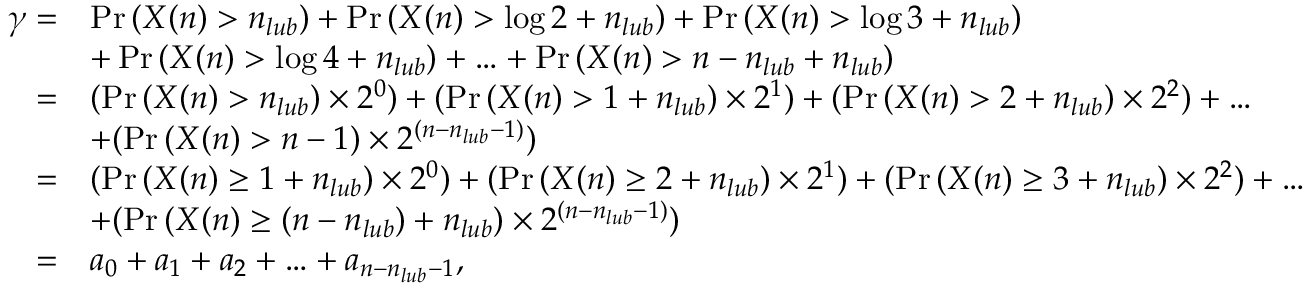
\begin{array} { r l } { \gamma = } & { \operatorname* { P r } { ( X ( n ) > n _ { l u b } ) } + \operatorname* { P r } { ( X ( n ) > \log { 2 } + n _ { l u b } ) } + \operatorname* { P r } { ( X ( n ) > \log { 3 } + n _ { l u b } ) } } \\ & { + \operatorname* { P r } { ( X ( n ) > \log { 4 } + n _ { l u b } ) } + \ldots + \operatorname* { P r } { ( X ( n ) > n - n _ { l u b } + n _ { l u b } ) } } \\ { = } & { ( \operatorname* { P r } { ( X ( n ) > n _ { l u b } ) } \times 2 ^ { 0 } ) + ( \operatorname* { P r } { ( X ( n ) > 1 + n _ { l u b } ) } \times 2 ^ { 1 } ) + ( \operatorname* { P r } { ( X ( n ) > 2 + n _ { l u b } ) } \times 2 ^ { 2 } ) + \ldots } \\ & { + ( \operatorname* { P r } { ( X ( n ) > n - 1 ) } \times 2 ^ { ( n - n _ { l u b } - 1 ) } ) } \\ { = } & { ( \operatorname* { P r } { ( X ( n ) \geq 1 + n _ { l u b } ) } \times 2 ^ { 0 } ) + ( \operatorname* { P r } { ( X ( n ) \geq 2 + n _ { l u b } ) } \times 2 ^ { 1 } ) + ( \operatorname* { P r } { ( X ( n ) \geq 3 + n _ { l u b } ) } \times 2 ^ { 2 } ) + \ldots } \\ & { + ( \operatorname* { P r } { ( X ( n ) \geq ( n - n _ { l u b } ) + n _ { l u b } ) } \times 2 ^ { ( n - n _ { l u b } - 1 ) } ) } \\ { = } & { a _ { 0 } + a _ { 1 } + a _ { 2 } + \ldots + a _ { n - n _ { l u b } - 1 } , } \end{array}